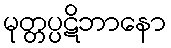
မုတ္တပ္ပဋိဘာနော